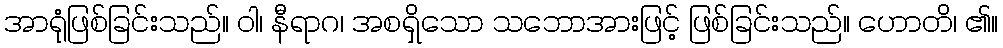
အာရုံဖြစ်ခြင်းသည်။ ဝါ၊ နီရာဂ၊ အစရှိသော သဘောအားဖြင့် ဖြစ်ခြင်းသည်။ ဟောတိ၊ ၏။